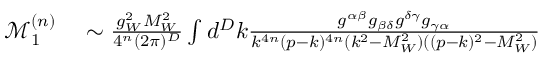
\begin{array} { r l } { \mathcal { M } _ { 1 } ^ { ( n ) } } & { { } \sim \frac { g _ { W } ^ { 2 } M _ { W } ^ { 2 } } { 4 ^ { n } ( 2 \pi ) ^ { D } } \int d ^ { D } k \frac { g ^ { \alpha \beta } g _ { \beta \delta } g ^ { \delta \gamma } g _ { \gamma \alpha } } { k ^ { 4 n } ( p - k ) ^ { 4 n } ( k ^ { 2 } - M _ { W } ^ { 2 } ) ( ( p - k ) ^ { 2 } - M _ { W } ^ { 2 } ) } } \end{array}